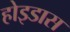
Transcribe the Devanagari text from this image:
होइडास